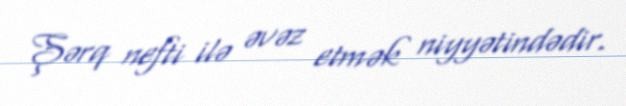
Şərq nefti ilə əvəz etmək niyyətindədir.